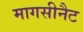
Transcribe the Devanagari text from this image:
मागसीनैट